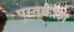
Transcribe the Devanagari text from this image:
पुस्तकांश